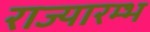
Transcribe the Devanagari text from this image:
राज्यारम्भ